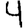
Digit: 4